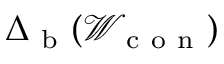
\Delta _ { \mathrm { ~ b ~ } } ( \mathcal { W } _ { \mathrm { ~ c ~ o ~ n ~ } } )